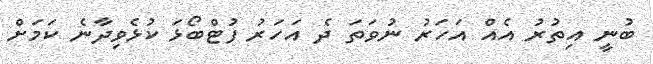
ބުނީ އިތުރު އެއް އަހަރު ނުވަތަ ދެ އަހަރު ފުޓްބޯޅަ ކުޅެވިދާނެ ކަމަށް